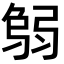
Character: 𢏻